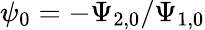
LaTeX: \psi_{0}=-\Psi_{2,0}/\Psi_{1,0}